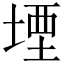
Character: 堙